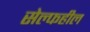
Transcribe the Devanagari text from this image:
सेल्फहील